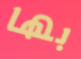
بها